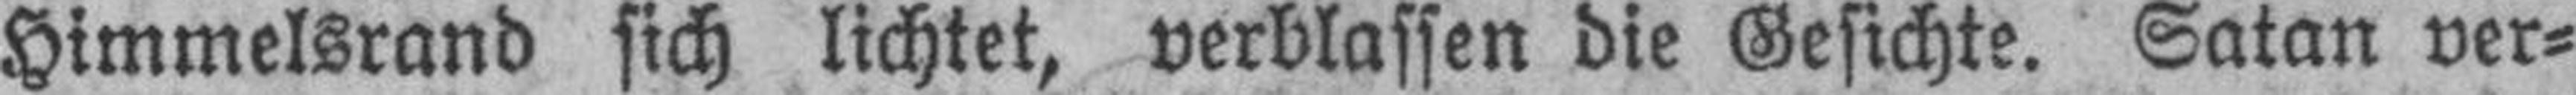
Himmelsrand sich lichtet, verblassen die Gesichte. Satan ver¬